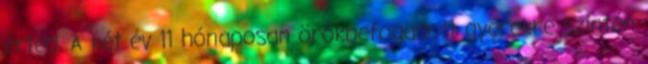
érted. A két év 11 hónaposan örökbefogadott gyerekre szintén